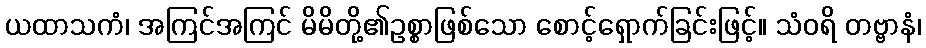
ယထာသကံ၊ အကြင်အကြင် မိမိတို့၏ဥစ္စာဖြစ်သော စောင့်ရှောက်ခြင်းဖြင့်။ သံဝရိ တဗ္ဗာနံ၊